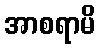
အာစရာမိ